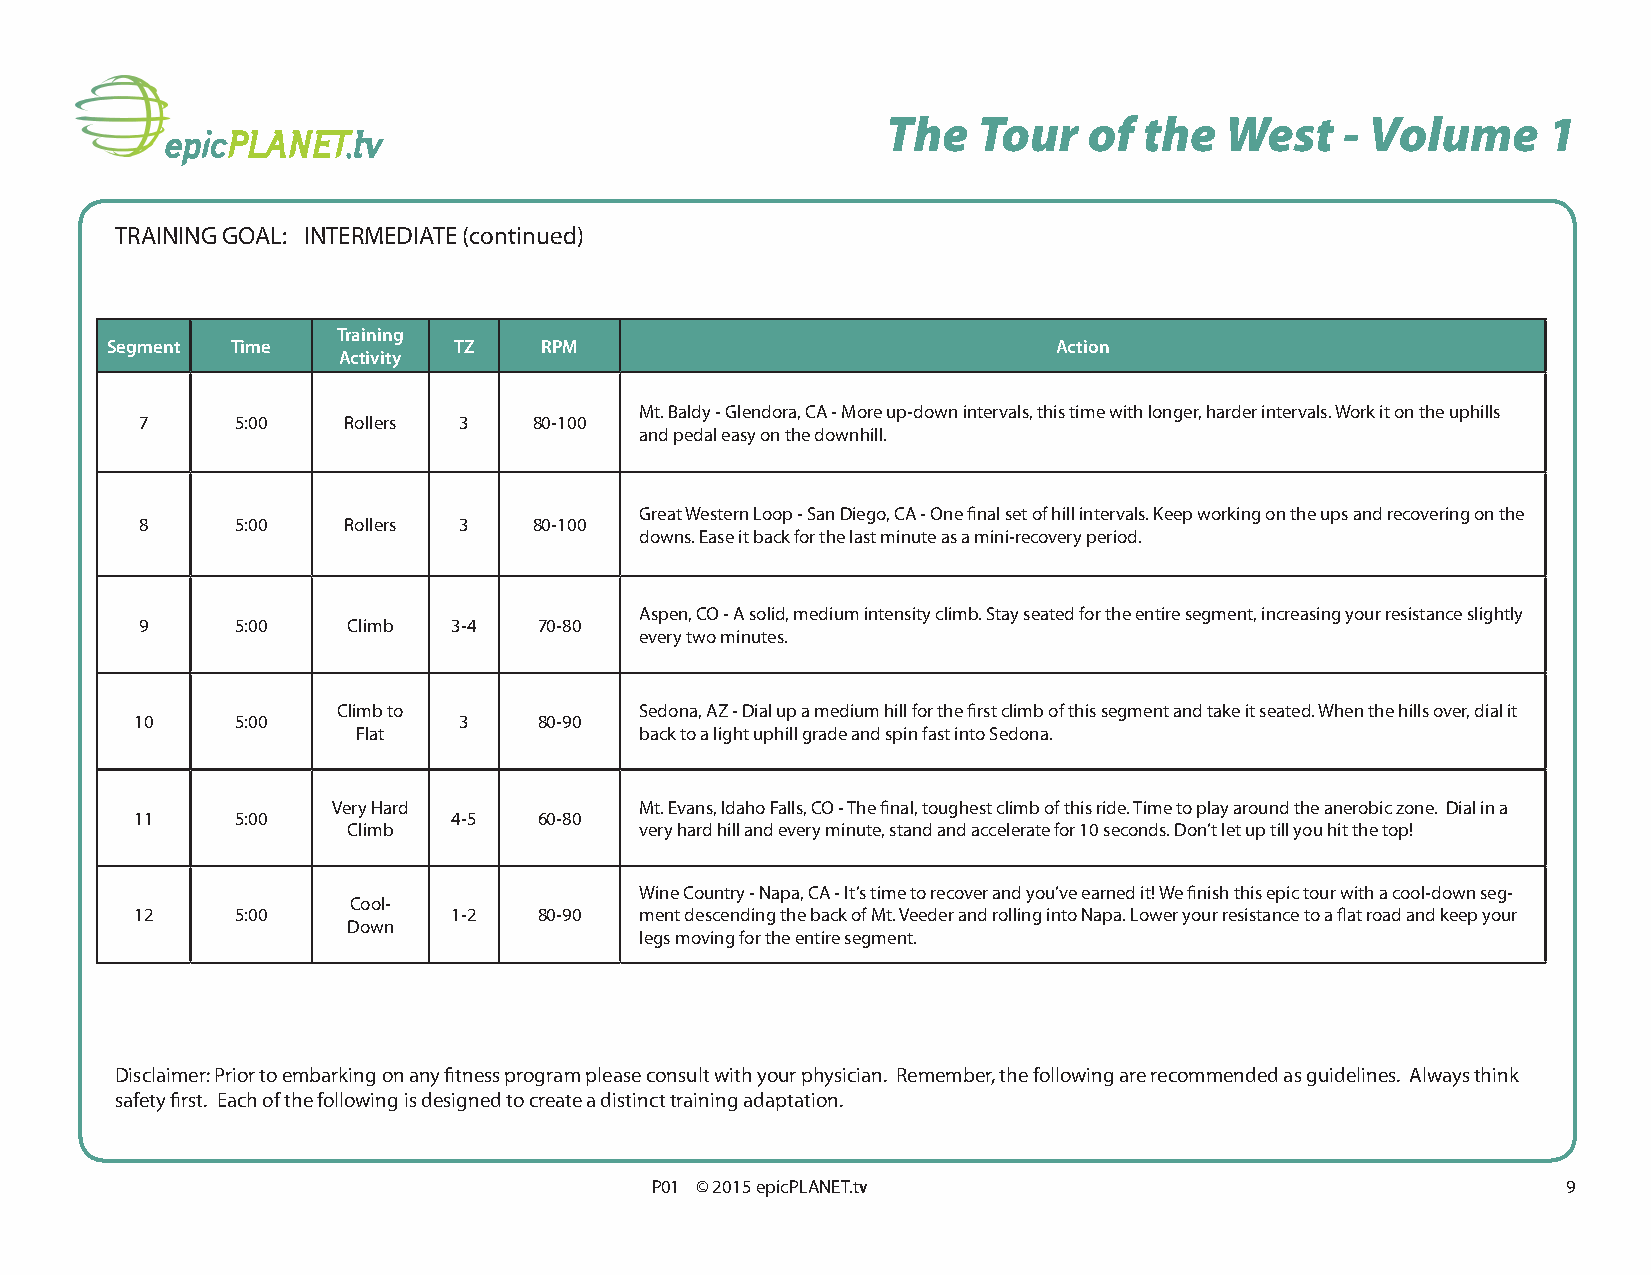
The   Tour   of  the  West    - Volume     1
 TRAINING GOAL: INTERMEDIATE (continued)
 Training
 Segment Time           TZ    RPM                               Action
 Activity
 Mt. Baldy - Glendora, CA - More up-down intervals, this time with longer, harder intervals. Work it on the uphills
 7      5:00   Rollers 3   80-100
 and pedal easy on the downhill.
 Great Western Loop - San Diego, CA - One final set of hill intervals. Keep working on the ups and recovering on the
 8      5:00   Rollers 3   80-100
 downs. Ease it back for the last minute as a mini-recovery period.
 Aspen, CO - A solid, medium intensity climb. Stay seated for the entire segment, increasing your resistance slightly
 9      5:00   Climb  3-4   70-80
 every two minutes.
 Climb to            Sedona, AZ - Dial up a medium hill for the first climb of this segment and take it seated. When the hills over, dial it
 10     5:00          3     80-90
 Flat              back to a light uphill grade and spin fast into Sedona.
 Very Hard           Mt. Evans, Idaho Falls, CO - The final, toughest climb of this ride. Time to play around the anerobic zone. Dial in a
 11     5:00          4-5   60-80
 Climb              very hard hill and every minute, stand and accelerate for 10 seconds. Don’t let up till you hit the top!
 Wine Country - Napa, CA - It’s time to recover and you’ve earned it! We finish this epic tour with a cool-down seg-
 Cool-
 12     5:00          1-2   80-90 ment descending the back of Mt. Veeder and rolling into Napa. Lower your resistance to a flat road and keep your
 Down
 legs moving for the entire segment.
 Disclaimer: Prior to embarking on any fitness program please consult with your physician. Remember, the following are recommended as guidelines. Always think
 safety first. Each of the following is designed to create a distinct training adaptation.
 P01 © 2015 epicPLANET.tv                                     9